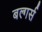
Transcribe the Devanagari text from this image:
बल्गर्स